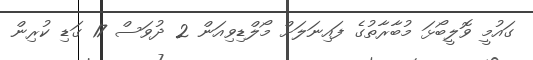
ގައުމީ ވޮލީބޯޅަ މުބާރާތުގެ ފައިނަލަށް މޯލްޑިވިއަން 2 ދުވަސް 17 ގަޑި ކުރިން